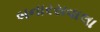
બનારસવાલા